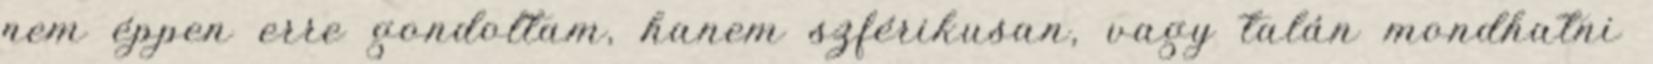
nem éppen erre gondoltam, hanem szférikusan, vagy talán mondhatni